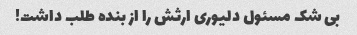
بی شک مسئول دلیوری ارثش را از بنده طلب داشت!